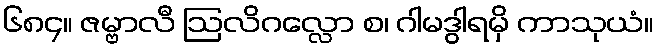
၆၈၄။ ဇမ္ဗာလီ ဩလိဂလ္လော စ၊ ဂါမဒွါရမှိ ကာသုယံ။